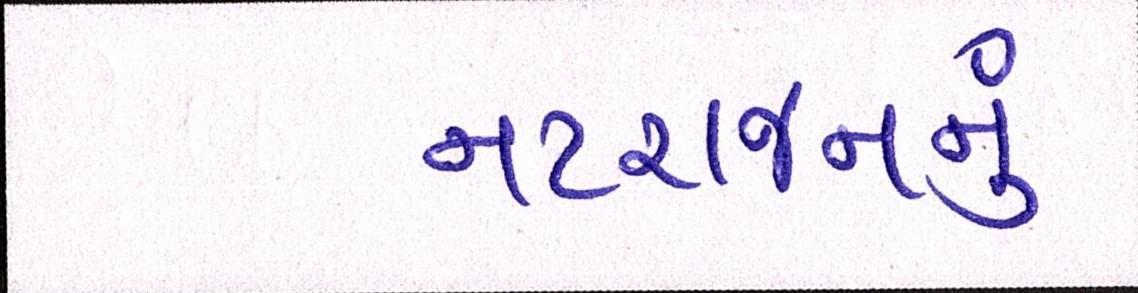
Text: નટરાજનનું